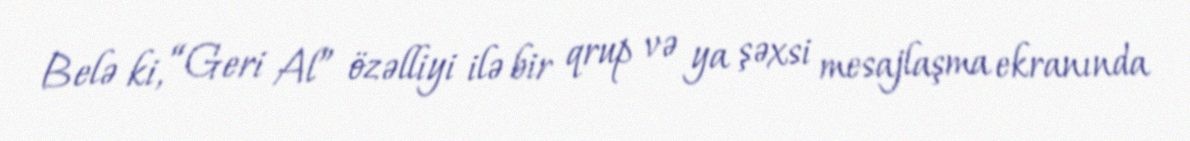
Belə ki, “Geri Al” özəlliyi ilə bir qrup və ya şəxsi mesajlaşma ekranında